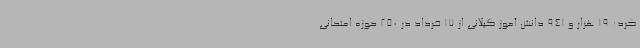
کرد: 19 هزار و 941 دانش آموز گیلانی از 17 خرداد در 250 حوزه امتحانی